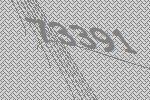
73391